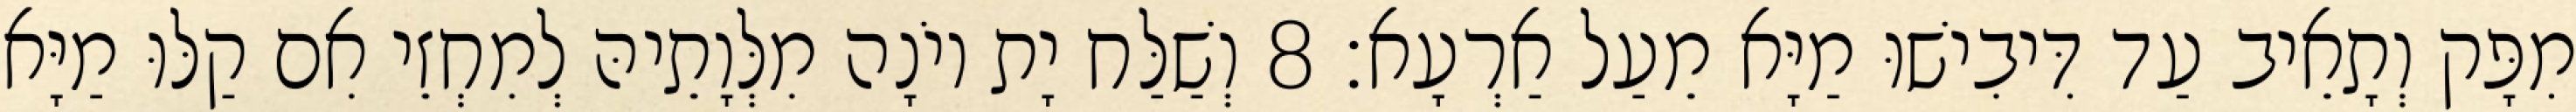
מִפָּק וְתָאֵיב עַד דִּיבִישׁוּ מַיָּא מֵעַל אַרְעָא׃ 8 וְשַׁלַּח יָת יוֹנָה מִלְּוָתֵיהּ לְמִחְזֵי אִם קַלּוּ מַיָּא